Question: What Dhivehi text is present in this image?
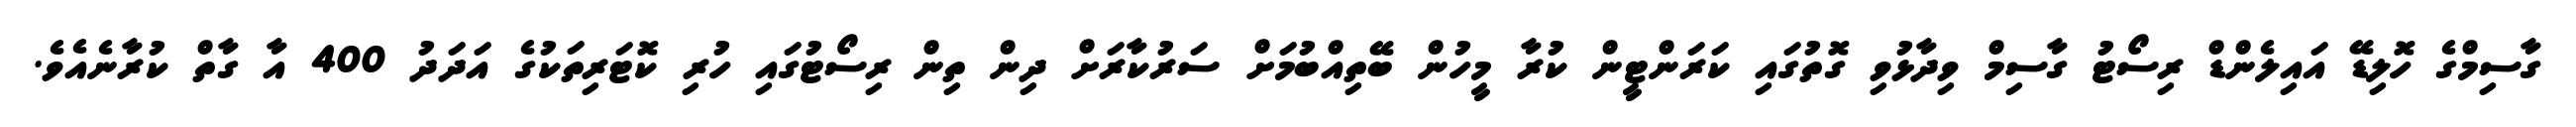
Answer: ގާސިމްގެ ހޮލިޑޭ އައިލެންޑް ރިސޯޓު ގާސިމް ވިދާޅުވި ގޮތުގައި ކަރަންޓީން ކުރާ މީހުން ބޭތިއްބުމަށް ސަރުކާރަށް ދިން ތިން ރިސޯޓުގައި ހުރި ކޮޓަރިތަކުގެ އަދަދު 400 އާ ގާތް ކުރާނެއެވެ.